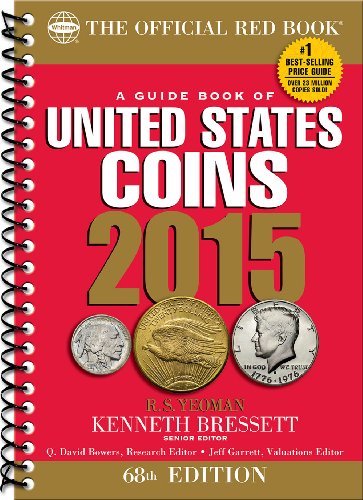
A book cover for A Guide Book of United States Coins 2015: The Official Red Book Spiral (Official Red Book: A Guide Book of United States Coins (Spiral)); R. S. Yeoman; Crafts, Hobbies & Home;